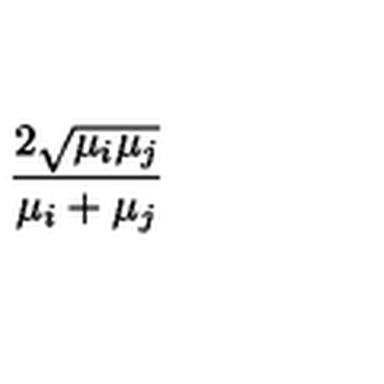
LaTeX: { \frac { 2 \sqrt { \mu _ { i } \mu _ { j } } } { \mu _ { i } + \mu _ { j } } }